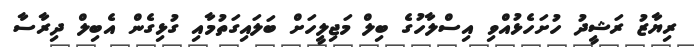
ރިޔާޒު ރަޝީދު ހުށަހެޅުއްވި އިސްލާހުގެ ބިލް މަޖިލީހަށް ބަލައިގަތުމާއި ގުޅިގެން އެބިލް ދިރާސާ